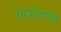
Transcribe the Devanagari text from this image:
कडाथनड